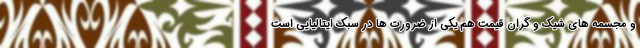
و مجسمه های شیک و گران قیمت هم یکی از ضرورت ها در سبک ایتالیایی است